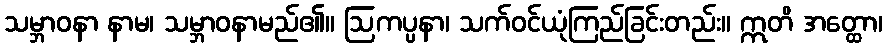
သမ္ဘာဝနာ နာမ၊ သမ္ဘာဝနာမည်၏။ ဩကပ္ပနာ၊ သက်ဝင်ယုံကြည်ခြင်းတည်း။ ဣတိ အတ္ထော၊